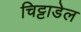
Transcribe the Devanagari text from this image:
चिट्टाडेल